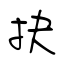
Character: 抉